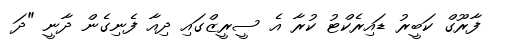
ފާރޫގް ކަބީރު ޑައިރެކްޓު ކުރާ އެ ސީރީޒްގައި ދިއާ ފެނިގެން ދާނީ "ދަ